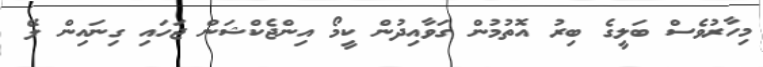
މިހާރުވެސް ބަލީގެ ބިރު އޮތުމުން ގަވާއިދުން ކީމޯ އިންޖެކްޝަން ޖަހައި ގިނައިން ލޭ